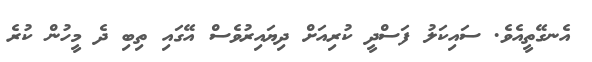
އެނގޭތީއެވެ. ސައިކަލު ފަސްދީ ކުރިއަށް ދިޔައިރުވެސް އޭގައި ތިބި ދެ މީހުން ކުރެ